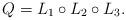
LaTeX: \begin{align*}Q = L_1\circ L_2\circ L_3.\end{align*}